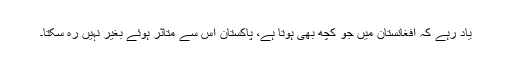
یاد رہے کہ افغانستان میں جو کچھ بھی ہوتا ہے، پاکستان اس سے متاثر ہوئے بغیر نہیں رہ سکتا۔